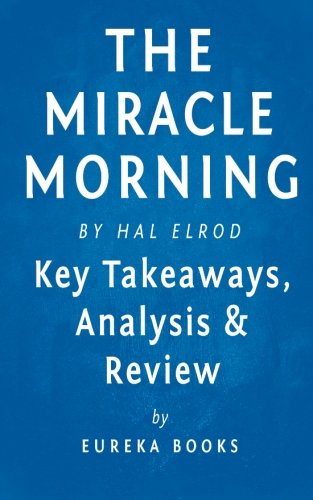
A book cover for The Miracle Morning: by Hal Elrod | Key Takeaways, Analysis & Review: The Not-So-Obvious Secret Guaranteed to Transform Your Life Before 8am; Eureka Books; Self-Help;